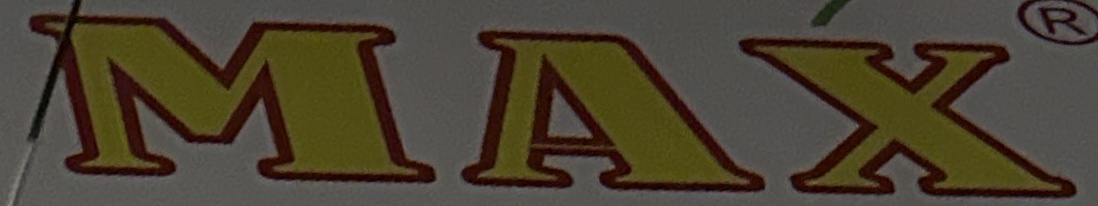
MAX